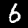
Label: 6